Report on vaccination in the Province of Bengal - 1874-1889
Year: 1874
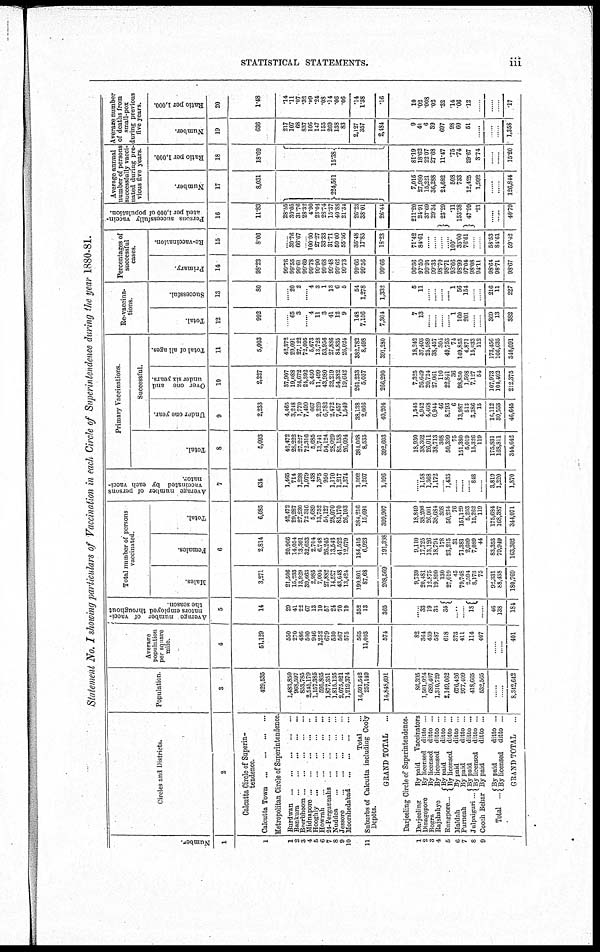
STATISTICAL STATEMENTS.
iii
Statement No. I showing particulars of Vaccination in each Circle of Superintendence during the year 1880-81.
Number.
1
1
1
2
3
4
5
6
7
8
9
10
11
1
2
3
4
5
6
7
8
9
Circles and Districts.
2
Calcutta Circle of Superin-
tendence.
Calcutta Town
...
...
...
...
Metropolitan Circle of Superintendence.
Burdwan
...
...
...
...
...
Bankura
...
...
...
...
...
Beerbhoom ... ... ... ... ...
Midnapore
...
...
...
...
...
Hooghly
...
...
...
...
...
Howrah ... ... ... ... ...
24-Pergunnahs
...
...
...
...
Nuddea
...
...
...
...
...
Jessore
...
...
...
...
...
Moorshedabad
...
...
...
...
Total ...
Suburbs of Calcutta including Cooly
Depôts.
GRAND TOTAL
...
Darjeeling Circle of Superintendence.
Darjeeling
By paid
Vaccinators
Dinagepore
By licensed ditto ...
Bogra
By licensed ditto ...
Rajshahye
By licensed ditto ...
Rungpore...
By paid
ditto ...
By licensed ditto ...
Moldah
By paid
ditto ...
Purneah
Julpaiguri...
By paid
ditto ...
By paid
ditto ...
By licensed
ditto ...
Cooch Behar By paid
ditto ...
Total ... By paid
ditto ...
By licensed
ditto ...
GRAND TOTAL
...
Population.
3
429,535
1,483,850
968,597
853,785
2,545,179
1,157,385
595,865
1,877,351
1,815,135
2,075,021
1,219,374
14,591,542
257,149
14,848,691
86,395
1,501,924
689,467
1,310,729
2,149,062
676,426
977,409
418,665
532,565
...... ...... 8,342,642
Average
population
per square
mile.
4
51,129
550
270
486
500
946
1,252
679
530
567
575
565
11,003
574
82
364
459
587
618
373
411
114
407
...... ...... 401
Average number of vacci-
nators employed throughout
the season.
5
14
29
41
22
67
13
10
57
24
70
19
352
13
365
33
19
33
35
......
...... 18
...... 46
138
184
Total number of persons
vaccinated.
Males.
Females.
Total.
6
3,271
21,506
15,233
13,929
39,663
2,985
7,004
27,882
14,527
43,648
13,424
199,801
87,68
208,569
9,739
20,481
12,875
19,890
130
27,019
45
79,748
2,594
8,173
75
92,331
88,438
180,769
2,814
20,966
14,054
13,301
32,653
2,704
6,748
26,245
13,543
41,522
12,679
184,415
6,923
191,338
9,110
17,725
13,126
18,794
178
23,215
31
71,381
2,609
7,089
44
83,353
79,949
163,302
6,085
42,472
29,287
27,230
72,316
5,689
13,752
54,127
28,070
85,170
26,103
384,216
15,691
399,907
18,849
38,206
26,001
38,684
308
50,234
76
151,129
5,203
15,262
119
175,684
168,387
344,071
Average number of persons
vaccinated by each vacci-
nator.
7
434
1,465
714
1,238
1,079
438
1,375
950
1,170
1,217
1,374
1,092
1,207
1,096
...... 1,158
1,368
1,172
...... 1,435
...... ...... ...... 848
...... 3,819
1,220
1,870
Primary Vaccinations.
Total.
8
5,093
42,472
28,222
27,227
72,316
5,685
13,741
54,124
28,029
85,158
26,094
384,068
8,535
392,603
18,930
38,362
26,011
38,713
308
50,399
75
151,380
5,019
15,326
119
175,831
168,811
344,642
Successful.
Under one year.
9
2,233
4,465
3,248
1,770
7,499
667
2,229
6,782
2,472
7,457
1,549
38,138
2,066
40,204
1,545
4,942
4,468
6,944
46
8,793
6
13,987
513
3,386
15
16,112
30,533
46,645
Over one and
under six years.
10
2,227
37,907
19,088
24,672
24,392
3,450
11,499
43,980
22,219
54,382
19,642
261,233
5,057
266,290
7,325
26,649
20,724
27,061
110
22,841
36
98,850
1,598
7,127
54
107,973
104,402
212,375
Total of all ages.
11
5,003
42,372
29,091
27,122
72,095
5,673
13,728
53,956
27,886
84,835
26,024
382,782
8,498
391,280
18,242
37,403
25,989
38,457
304
49,753
74
149,853
4,871
15,033
112
173,456
166,635
340,091
Re-vaccina-
tions.
Total.
12
992
...... 65
3
...... 4
11
3
41
12
9
148
7,156
7,304
7
13
...... ...... ...... ...... 1
160
201
...... ...... 369
13
382
Successful.
13
80
...... 20
2
...... 4
3
1
13
6
5
54
1,278
1,332
5
11
...... ...... ...... ...... 1
56
154
...... ...... 216
11
227
Percentages of
successful
cases.
Primary.
14
98.23
99.76
99.55
99.61
99.69
99.78
99.90
99.68
99.48
99.62
99.73
99.66
99.56
99.66
96.36
97.50
99.91
99.33
98.70
98.71
98.66
98.99
97.04
98.08
94.11
98.64
98.71
98.67
Re-vaccination.
15
8.06
...... 30.76
66.67
...... 100.00
27.27
33.33
31.71
50.00
55.56
36.48
17.85
18.23
71.42
84.61
...... ...... ...... ...... 100.
35.00
76.61
...... ...... 58.53
84.61
59.42
Persons successfully vaccin
ated per 1,000 of population.
16
11.83
28.55
30.05
31.76
28.32
4.90
23.04
28.74
15.37
40.88
21.34
26.23
38.01
26.44
211.20
24.91
37.69
29.34
23.29
.11
153.38
47.99
.21
...... ...... 40.79
Average annual
number of person
successfully vacci-
nated during pre-
vious five years.
Number.
17
8,031
224,501
7,015
27,980
15,221
36,288
24,682
508
733
12,425
1,992
...... ...... 126,844
Ratio per 1,000.
18
18.69
15.38
81.19
18.62
22.07
27.68
11.47
.75
.74
29.67
3.74
...... ...... 15.20
Average number
of deaths from
small-pox
during previous
five years.
Number.
19
636
217
107
68
837
106
147
155
269
138
83
2,127
357
2,484
9
41
6
39
697
98
60
51
......
...... ...... 1,358
Ratio per 1,000.
20
1.48
.14
.11
.07
.32
.09
.24
.08
.14
.06
.06
.14
1.38
.16
10
.02
.008
.02
.32
.14
.06
.12
......
...... ...... .17